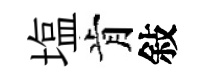
塩肯敍